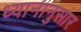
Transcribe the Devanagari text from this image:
ध्यानानुसार